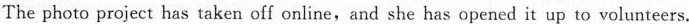
The photo project has taken off online,and she has opened it up to volunteers.